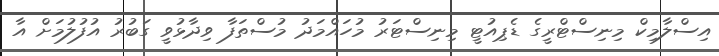
އިސްލާމިކް މިނިސްޓްރީގެ ޑެޕިއުޓީ މިނިސްޓަރު މުހައްމަދު މުސްތަފާ ވިދާޅުވީ ގަބުރު އުފުލުމަށް އާ